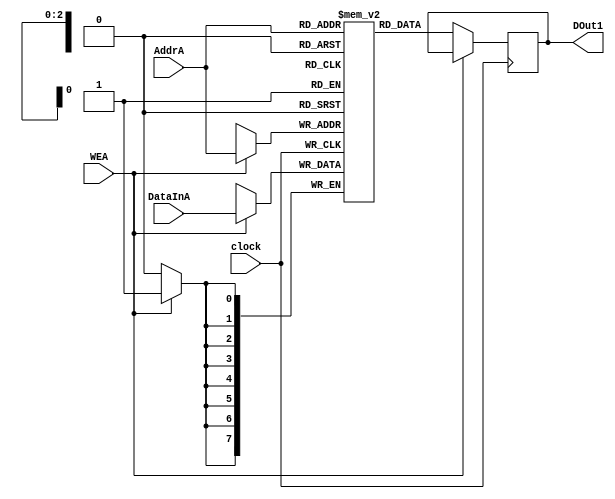
/* Module for 8x8 source memory */
module memoryA(DOut1, AddrA, WEA, DataInA, clock);

/* Define I/O */
output [7:0]DOut1;
input [2:0]AddrA;
input WEA;
input [7:0]DataInA;
input clock;

/* Define reg and wires */
reg [7:0]memA[0:7];
reg [7:0]DOut1;

always @ (posedge clock)
begin
    if(WEA)
    begin
        memA[AddrA] <= DataInA;
    end

    else
    begin
        DOut1 <= memA[AddrA];
    end
end

endmodule